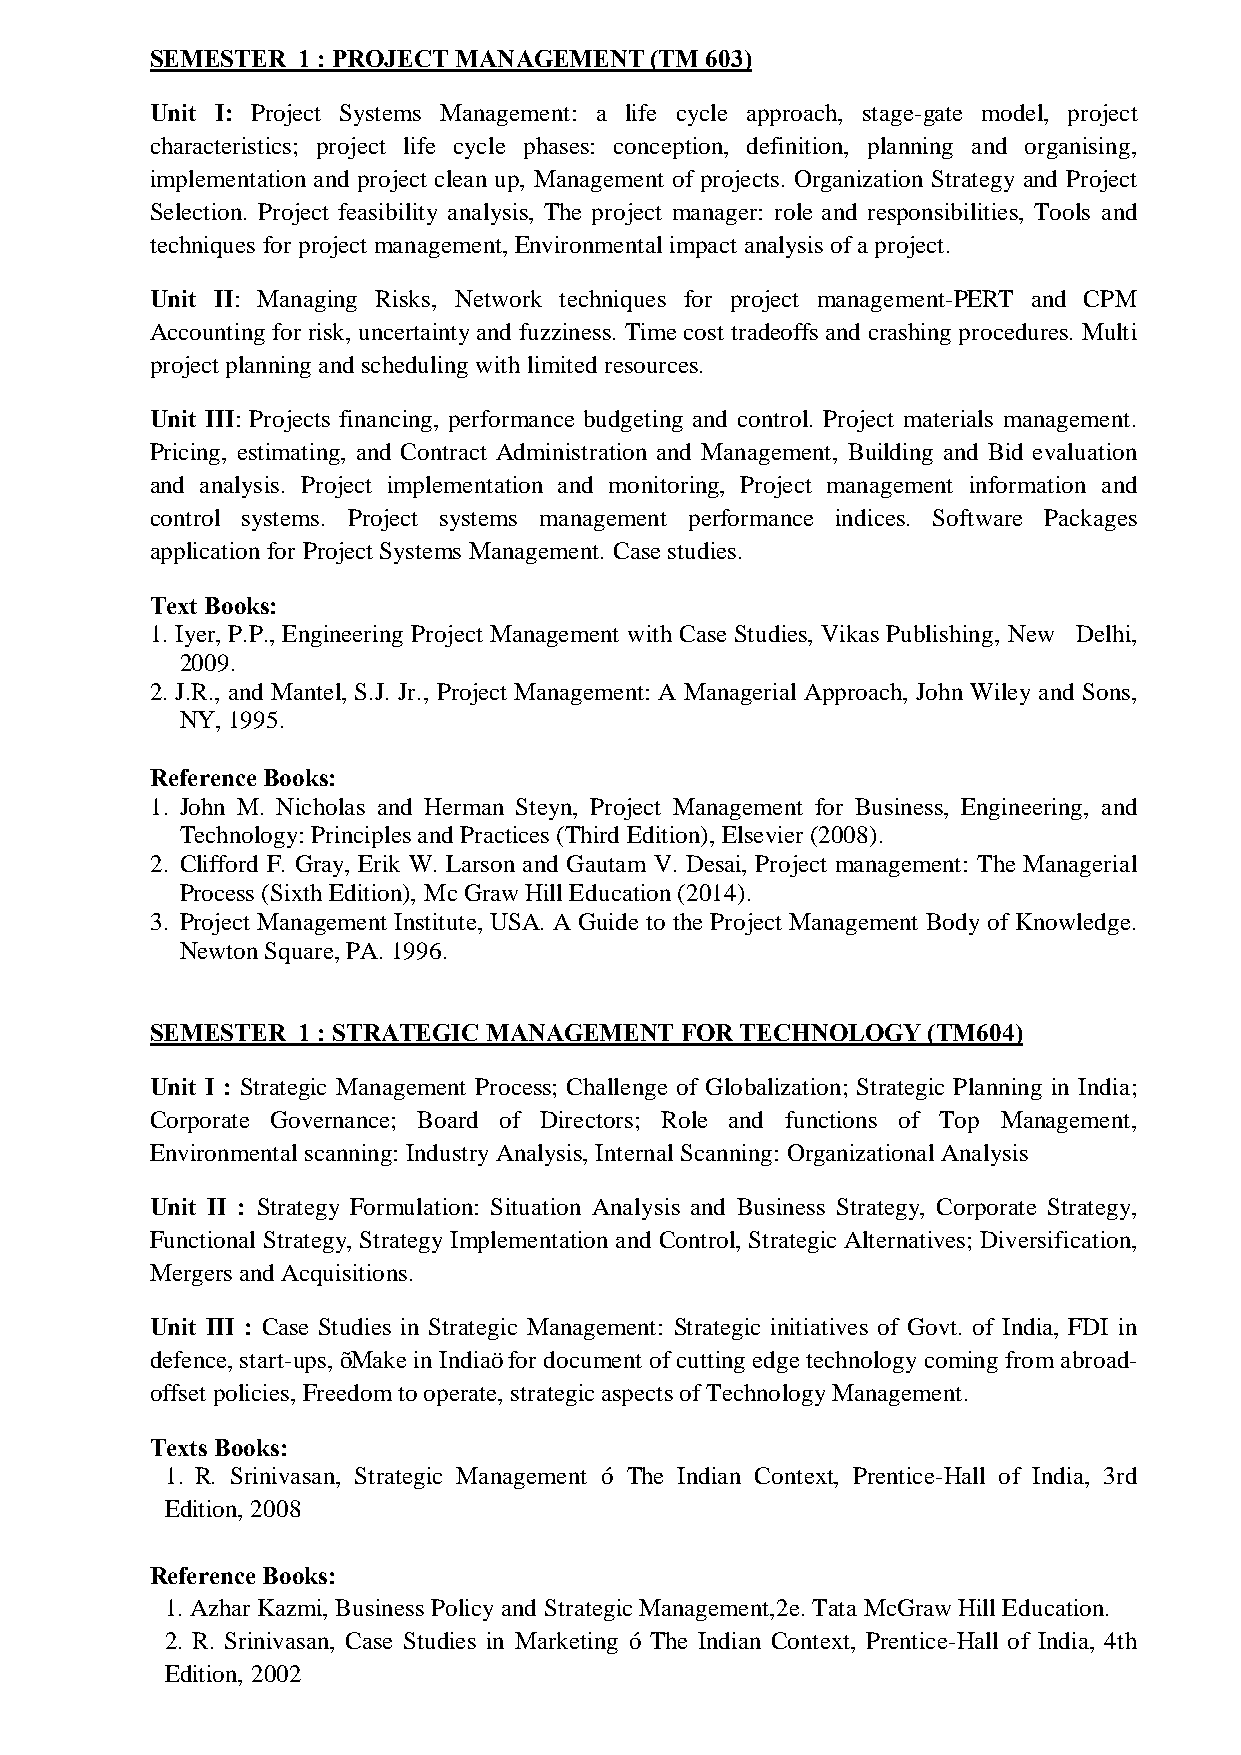
SEMESTER  1 : PROJECT MANAGEMENT (TM 603)
 Unit I: Project Systems Management: a life cycle approach, stage-gate model, project
 characteristics; project life cycle phases: conception, definition, planning and organising,
 implementation and project clean up, Management of projects. Organization Strategy and Project
 Selection. Project feasibility analysis, The project manager: role and responsibilities, Tools and
 techniques for project management, Environmental impact analysis of a project.
 Unit II: Managing Risks, Network techniques for project management-PERT and CPM
 Accounting for risk, uncertainty and fuzziness. Time cost tradeoffs and crashing procedures. Multi
 project planning and scheduling with limited resources.
 Unit III: Projects financing, performance budgeting and control. Project materials management.
 Pricing, estimating, and Contract Administration and Management, Building and Bid evaluation
 and analysis. Project implementation and monitoring, Project management information and
 control systems. Project systems management performance indices. Software Packages
 application for Project Systems Management. Case studies.
 Text Books:
 1. Iyer, P.P., Engineering Project Management with Case Studies, Vikas Publishing, New Delhi,
 2009.
 2. J.R., and Mantel, S.J. Jr., Project Management: A Managerial Approach, John Wiley and Sons,
 NY, 1995.
 Reference Books:
 1. John M. Nicholas and Herman Steyn, Project Management for Business, Engineering, and
 Technology: Principles and Practices (Third Edition), Elsevier (2008).
 2. Clifford F. Gray, Erik W. Larson and Gautam V. Desai, Project management: The Managerial
 Process (Sixth Edition), Mc Graw Hill Education (2014).
 3. Project Management Institute, USA. A Guide to the Project Management Body of Knowledge.
 Newton Square, PA. 1996.
 SEMESTER  1 : STRATEGIC MANAGEMENT FOR TECHNOLOGY  (TM604)
 Unit I : Strategic Management Process; Challenge of Globalization; Strategic Planning in India;
 Corporate Governance; Board of Directors; Role and functions of Top Management,
 Environmental scanning: Industry Analysis, Internal Scanning: Organizational Analysis
 Unit II : Strategy Formulation: Situation Analysis and Business Strategy, Corporate Strategy,
 Functional Strategy, Strategy Implementation and Control, Strategic Alternatives; Diversification,
 Mergers and Acquisitions.
 Unit III : Case Studies in Strategic Management: Strategic initiatives of Govt. of India, FDI in
 defence, start-ups, “Make in India” for document of cutting edge technology coming from abroad-
 offset policies, Freedom to operate, strategic aspects of Technology Management.
 Texts Books:
 1. R. Srinivasan, Strategic Management – The Indian Context, Prentice-Hall of India, 3rd
 Edition, 2008
 Reference Books:
 1. Azhar Kazmi, Business Policy and Strategic Management,2e. Tata McGraw Hill Education.
 2. R. Srinivasan, Case Studies in Marketing – The Indian Context, Prentice-Hall of India, 4th
 Edition, 2002